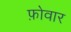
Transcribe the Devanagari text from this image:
फ़ोवार